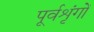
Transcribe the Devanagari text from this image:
पूर्वशृंगों